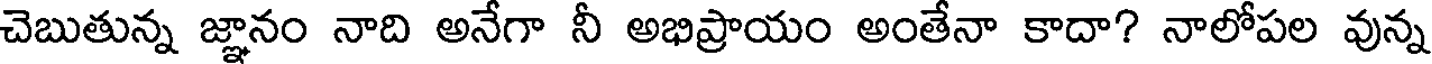
చెబుతున్న జ్ఞానం నాది అనేగా నీ అభిప్రాయం అంతేనా కాదా? నాలోపల వున్న